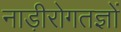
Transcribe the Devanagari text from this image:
नाड़ीरोगतज्ञों